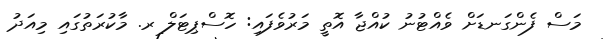
މަސް ފެންގަނޑަށް ވެއްޓުނު ކުއްޖާ އޮތީ މަރުވެފައި: ހޮސްޕިޓަލް ރ. މާކުރަތުގައި މިއަދު